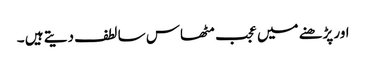
اور پڑھنے میں عجب مٹھاس سا لطف دیتے ہیں ۔